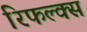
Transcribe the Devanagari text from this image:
रिफल्क्स